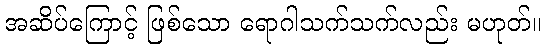
အဆိပ်ကြောင့် ဖြစ်သော ရောဂါသက်သက်လည်း မဟုတ်။